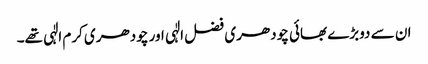
ان سے دوبڑے بھائی چودھری فضل الٰہی اور چودھری کرم الٰہی تھے۔